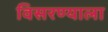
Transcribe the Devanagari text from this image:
विसरण्याला